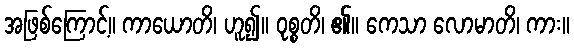
အဖြစ်ကြောင့်။ ကာယောတိ၊ ဟူ၍။ ဝုစ္စတိ၊ ၏။ ကေသာ လောမာတိ၊ ကား။